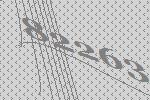
82263